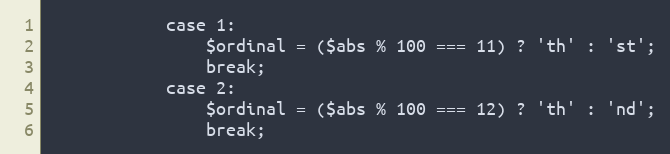
Language: PHP
            case 1:
                $ordinal = ($abs % 100 === 11) ? 'th' : 'st';
                break;
            case 2:
                $ordinal = ($abs % 100 === 12) ? 'th' : 'nd';
                break;